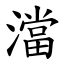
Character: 澢